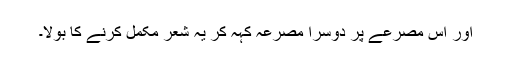
اور اس مصرعے پر دوسرا مصرعہ کہہ کر یہ شعر مکمل کرنے کا بولا۔